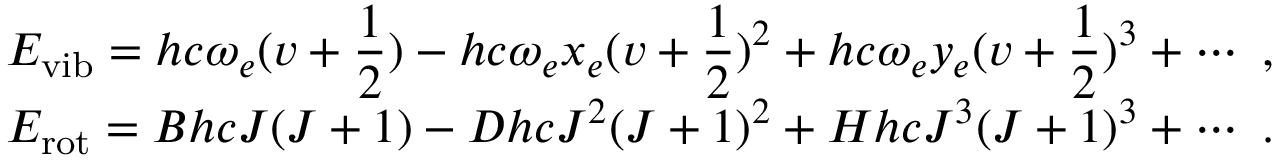
\begin{array} { l } { { E _ { \mathrm { v i b } } = \displaystyle h c \omega _ { e } ( v + { \frac { 1 } { 2 } } ) - h c \omega _ { e } x _ { e } ( v + { \frac { 1 } { 2 } } ) ^ { 2 } + h c \omega _ { e } y _ { e } ( v + { \frac { 1 } { 2 } } ) ^ { 3 } + \cdots ~ , } } \\ { { E _ { \mathrm { r o t } } = B h c J ( J + 1 ) - D h c J ^ { 2 } ( J + 1 ) ^ { 2 } + H h c J ^ { 3 } ( J + 1 ) ^ { 3 } + \cdots ~ . } } \end{array}